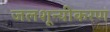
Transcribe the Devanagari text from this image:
जलशून्यीकरण